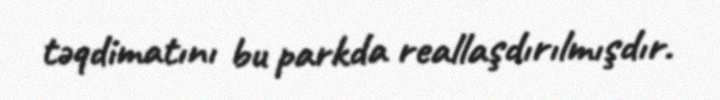
təqdimatını bu parkda reallaşdırılmışdır.